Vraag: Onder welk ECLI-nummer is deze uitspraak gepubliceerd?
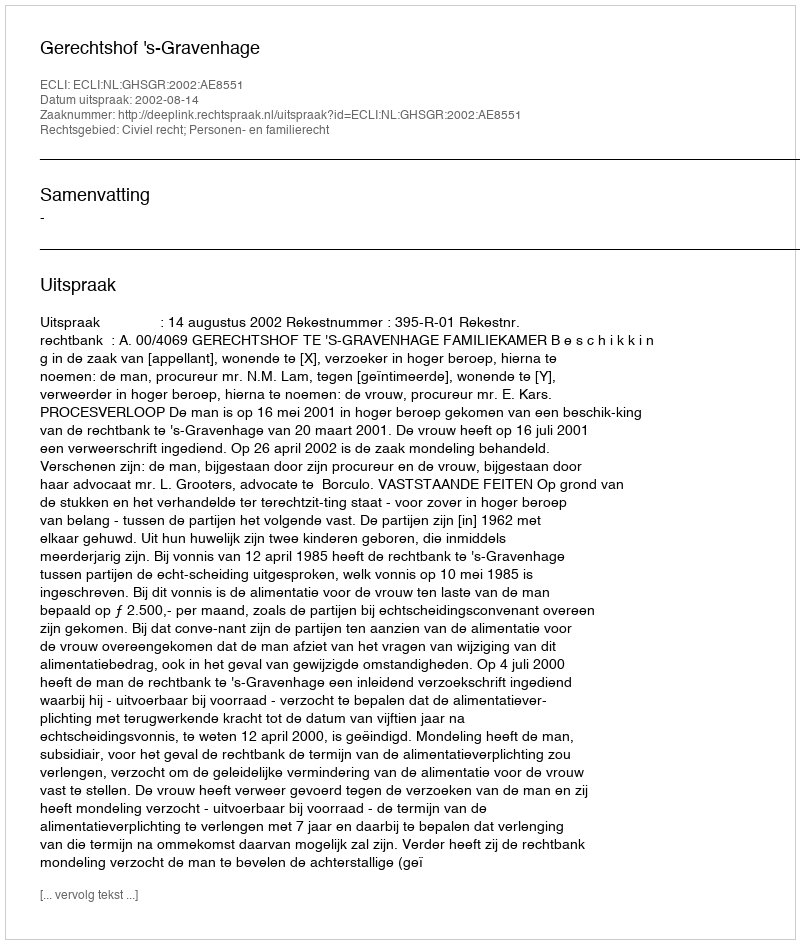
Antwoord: ECLI:NL:GHSGR:2002:AE8551